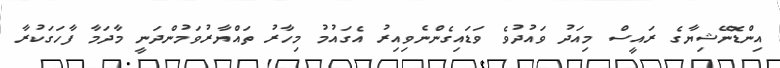
އިންޑޮނޭޝިޔާގެ ރައީސް މިއަދު ވައުދުވެ ވަޑައިގެންނެވިއިރު އެގައުމު މިހާރު ތައްޔާރުވަމުންދަނީ މާދަމާ ފާހަގަކުރާ